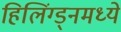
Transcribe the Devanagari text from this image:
हिलिंग्ड्नमध्ये